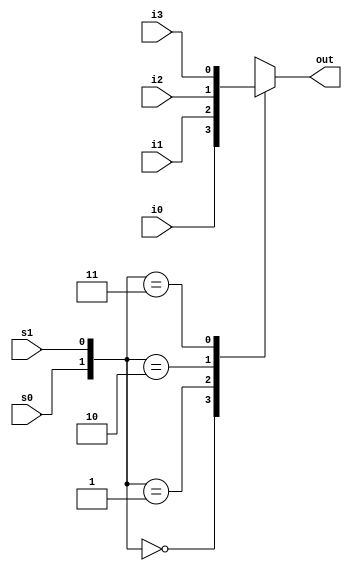
module mux4to1_beh(i0, i1, i2, i3, s0, s1, out);
    input i0, i1, i2, i3, s0, s1;
    output reg out;
    always @ (i0, i1, i2, i3, s0, s1)
        begin
            // {} = concatenation
            case({s0, s1})
                2'b00: out = i0;
                2'b01: out = i1;
                2'b10: out = i2;
                2'b11: out = i3;
                default: out = 1'bx;
            endcase
        end
endmodule